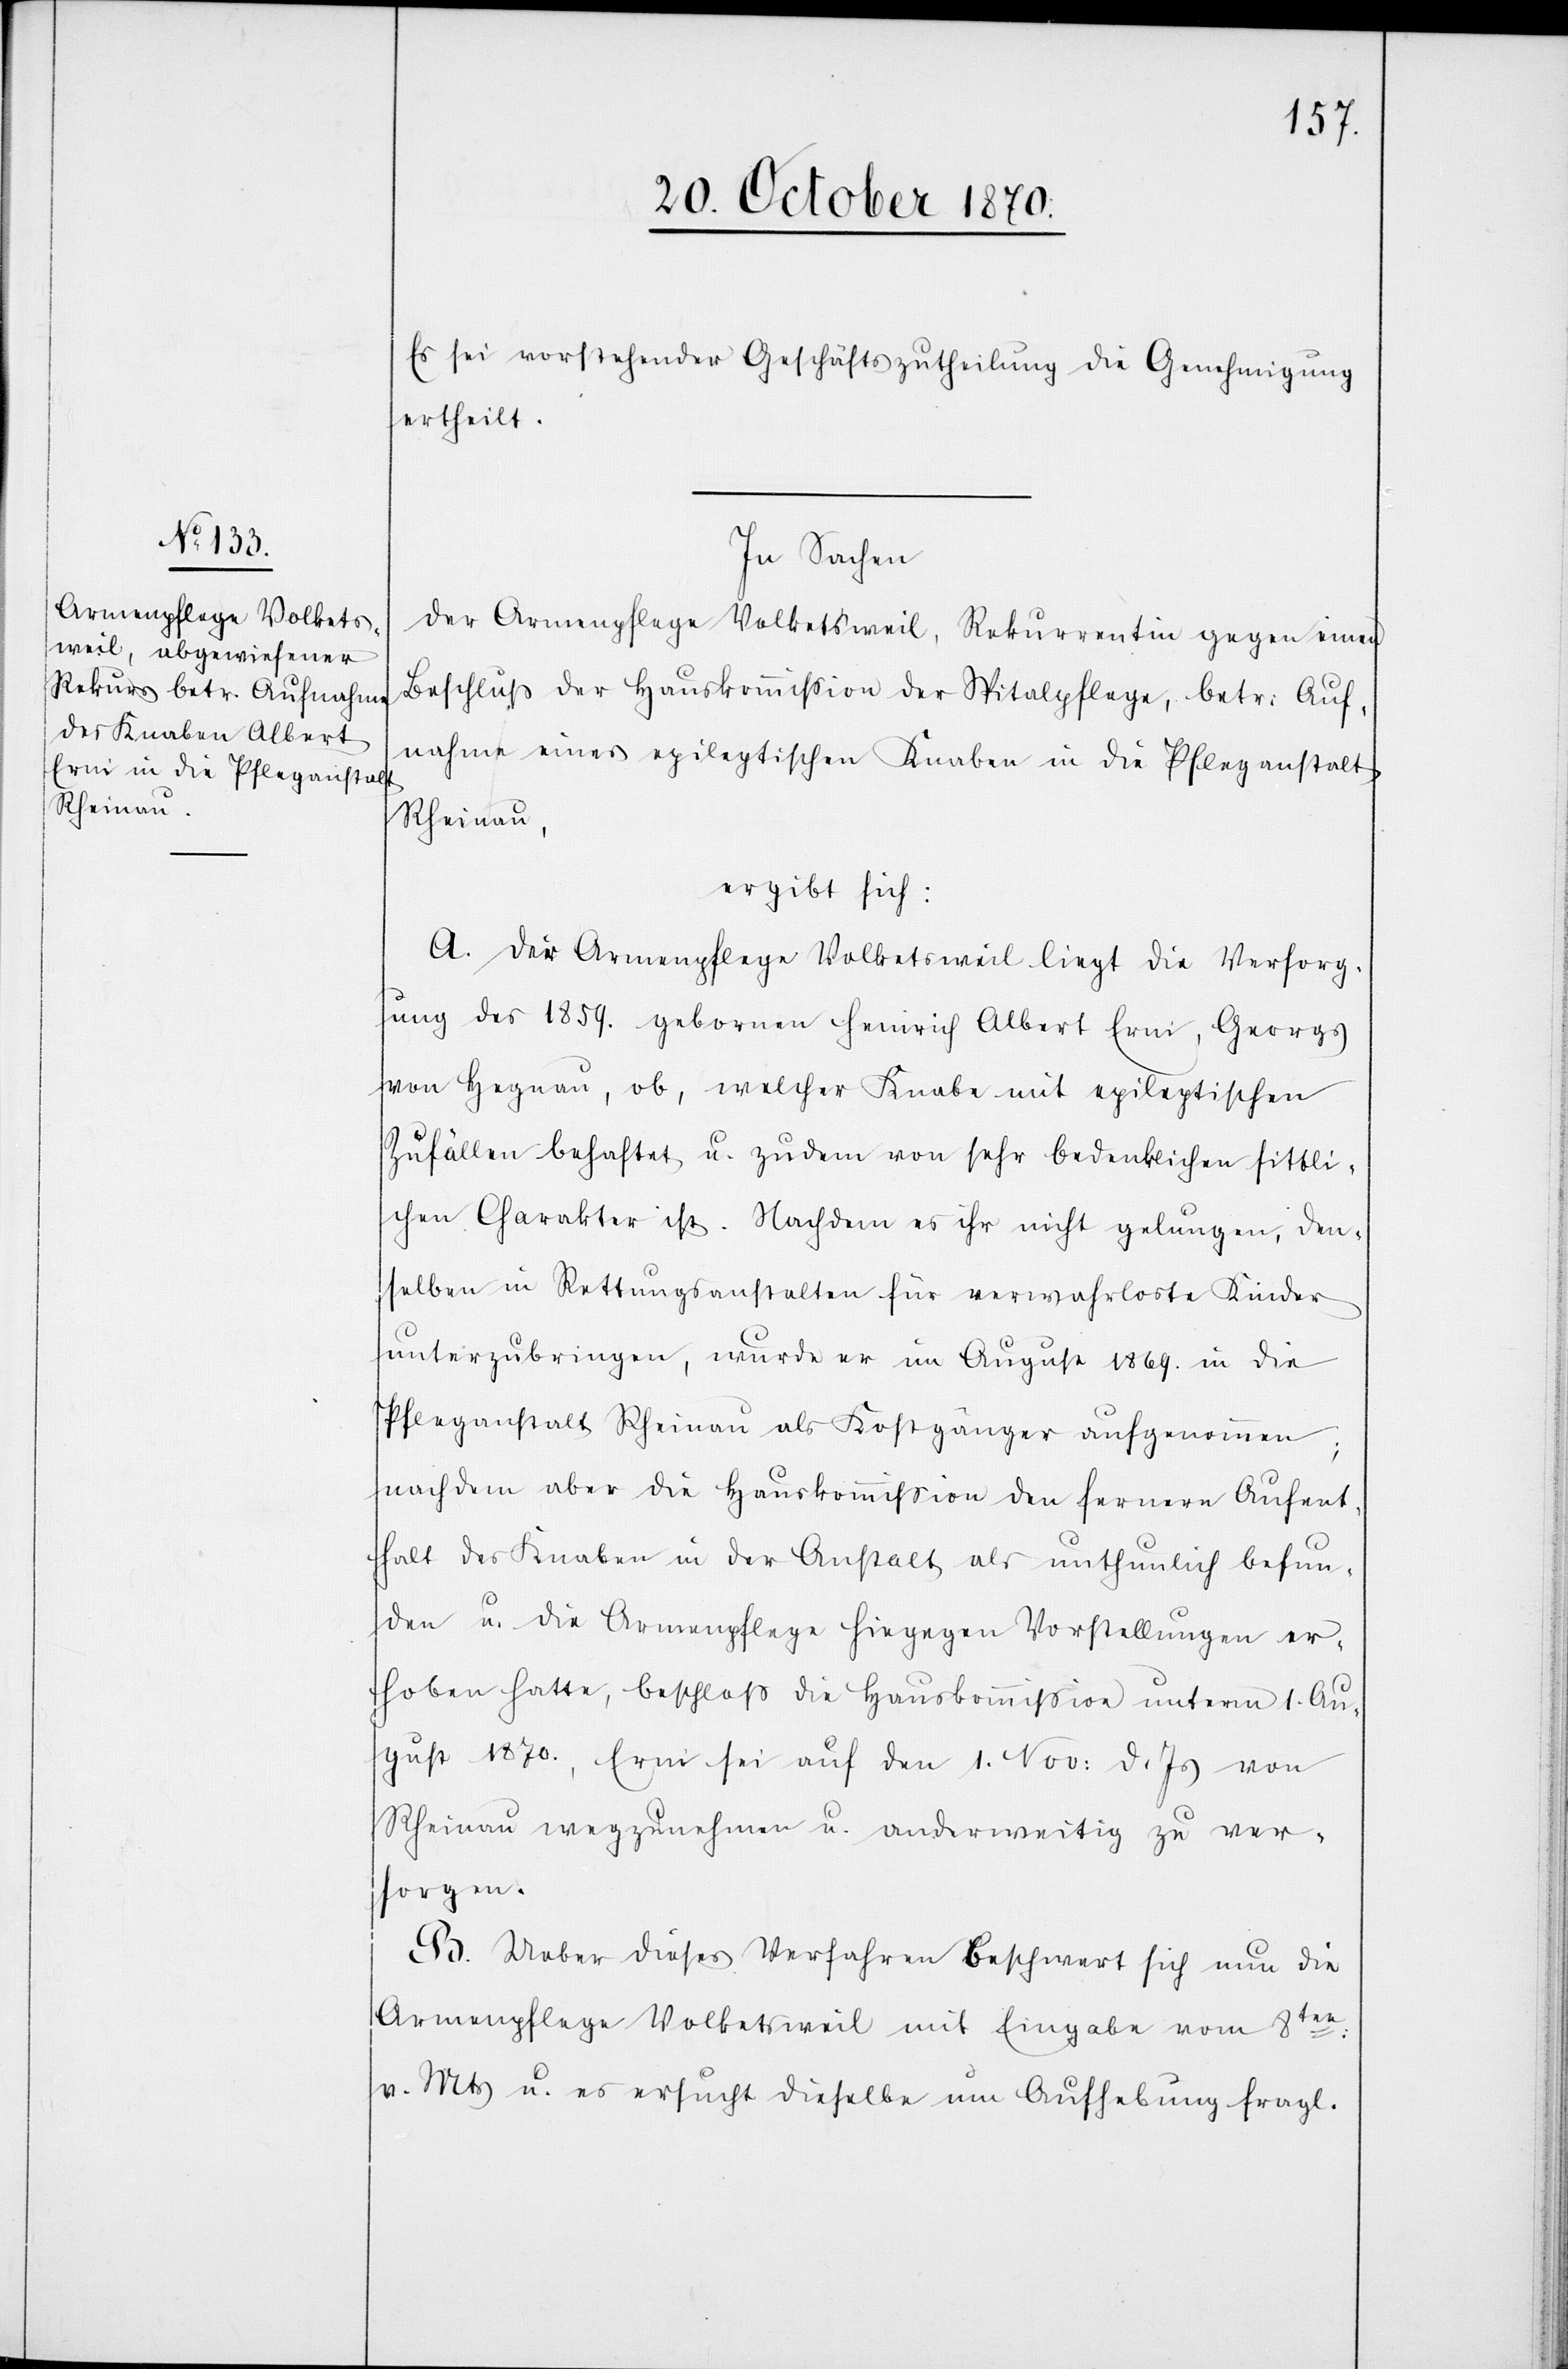
Es sei vorstehender Geschäftszutheilung die Genehmigung
ertheilt.
In Sachen
der Armenpflege Volketsweil, Rekurrentin gegen einen
Beschluß der Hauskommißion der Spitalpflege, betr: Auf¬
nahme eines epileptischen Knaben in die Pfleganstalt
Rheinau,
ergibt sich:
A. Die Armenpflege Volketsweil liegt die Versorg¬
ung des 1859. geborenen Heinrich Albert Erni, Georgs
von Hegnau, ob, welcher Knabe mit epileptischen
Zufällen behaftet u. zudem von sehr bedenklichen sittli¬
chen Charakter ist. Nachdem es ihr nicht gelungen, den¬
selben in Rettungsanstalten für verwahrloste Kinder
unterzubringen, wurde er im August 1869. in die
Pflegeanstalt Rheinau als Kostgänger aufgenommen;
nachdem aber die Hauskommißion den fernern Aufent¬
halt des Knaben in der Anstalt als unthunlich befun¬
den u. die Armenpflege hiegegen Vorstellungen er¬
hoben hatte, beschloß die Hauskommißion unterm 1. Au¬
gust 1870., Erni sei auf den 1. Nov: d. Js. von
Rheinau wegzunehmen u. anderweitig zu ver¬
sorgen.
B. Ueber dieses Verfahren beschwert sich nun die
Armenpflege Volketsweil mit Eingabe vom 8ten:
v. Mts u. es ersucht dieselbe um Aufhebung fragl.